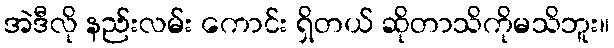
အဲဒီလို နည်းလမ်း ကောင်း ရှိတယ် ဆိုတာသိကိုမသိဘူး။